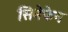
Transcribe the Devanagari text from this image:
सिनेफेन